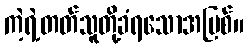
ကဲ့ရဲ့တတ်သူတို့ခံရသောအပြစ်။